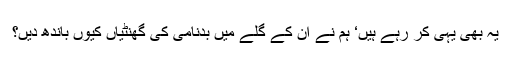
یہ بھی یہی کر رہے ہیں‘ ہم نے ان کے گلے میں بدنامی کی گھنٹیاں کیوں باندھ دیں؟